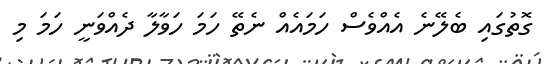
ގޮތުގައި ބެލޭނެ އެއްވެސް ހަމައެއް ނެތޭ ހަމަ ހަވާލާ ދެއްވަނީ ހަމަ މި